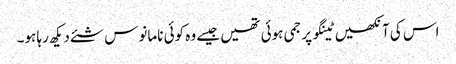
اس کی آنکھیں ٹینگو پر جمی ہوئی تھیں جیسے وہ کوئی نامانوس شئے دیکھ رہا ہو۔